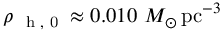
\rho _ { \mathrm { ~ \scriptsize ~ h ~ , ~ 0 ~ } } \approx 0 . 0 1 0 ~ M _ { \odot } \, \mathrm { p c } ^ { - 3 }